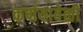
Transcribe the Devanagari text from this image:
कर्णयावेळी